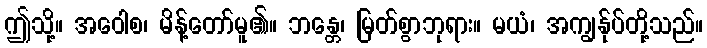
ဤသို့။ အဝေါစ၊ မိန့်တော်မူ၏။ ဘန္တေ၊ မြတ်စွာဘုရား။ မယံ၊ အကျွန်ုပ်တို့သည်။